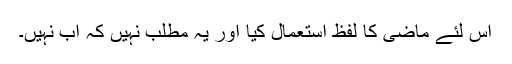
اس لئے ماضی کا لفظ استعمال کیا اور یہ مطلب نہیں کہ اب نہیں۔